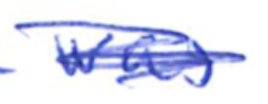
Text: was
Cross-out: scratch
Writing tool: ballpoint